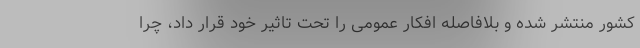
کشور منتشر شده و بلافاصله افکار عمومی را تحت تاثیر خود قرار داد، چرا